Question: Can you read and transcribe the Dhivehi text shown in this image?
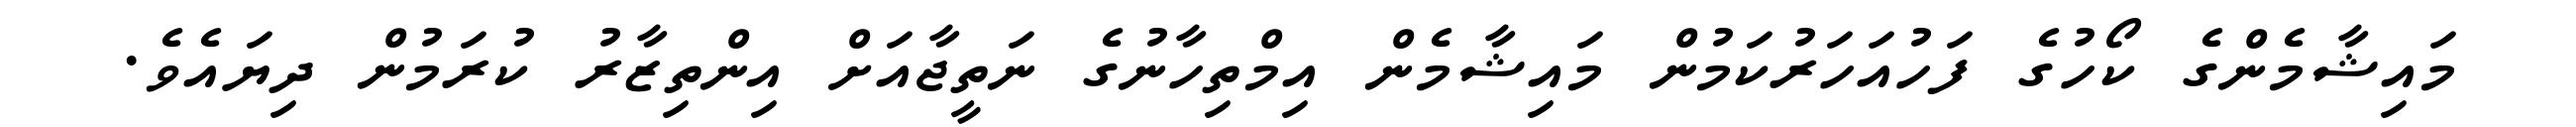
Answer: މައިޝާމެންގެ ކޯހުގެ ފަހުއަހަރުކަމުން މައިޝާމެން އިމްތިހާނުގެ ނަތީޖާއަށް އިންތިޒާރު ކުރަމުން ދިޔައެވެ.